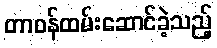
တာဝန်ထမ်းဆောင်ခဲ့သည့်